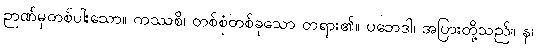
ဉာဏ်မှတစ်ပါးသော။ ကဿစိ၊ တစ်စုံတစ်ခုသော တရား၏။ ပဘေဒါ၊ အပြားတို့သည်။ န၊